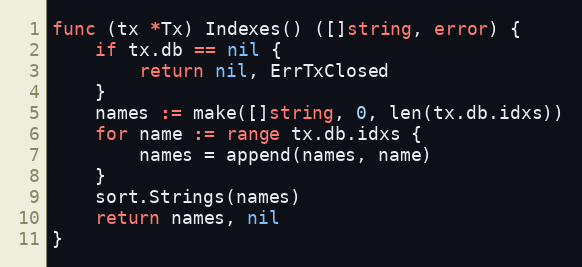
Language: Go
func (tx *Tx) Indexes() ([]string, error) {
	if tx.db == nil {
		return nil, ErrTxClosed
	}
	names := make([]string, 0, len(tx.db.idxs))
	for name := range tx.db.idxs {
		names = append(names, name)
	}
	sort.Strings(names)
	return names, nil
}